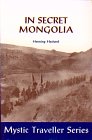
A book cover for In Secret Mongolia (Mystic Traveller Series); Henning Haslund; Travel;